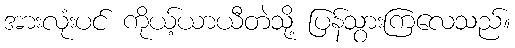
အားလုံးပင် ကိုယ့်ယာယီတဲသို့ ပြန်သွားကြလေသည်။